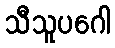
သီသူပဂေါ